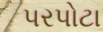
પરપોટા